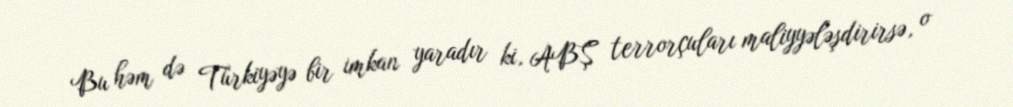
Bu həm də Türkiyəyə bir imkan yaradır ki, ABŞ terrorçuları maliyyələşdirirsə, o